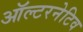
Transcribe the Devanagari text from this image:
ऑल्‍टरनेटिव